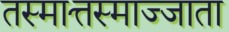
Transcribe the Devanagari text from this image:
तस्मात्तस्माज्जाता